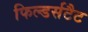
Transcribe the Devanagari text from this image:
फिल्डर्सटैट